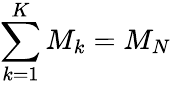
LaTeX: \sum_{k=1}^{K}M_{k}=M_{N}